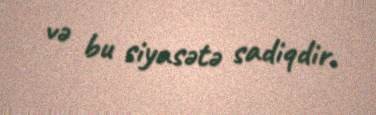
və bu siyasətə sadiqdir.